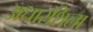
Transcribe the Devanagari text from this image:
अधारशिला